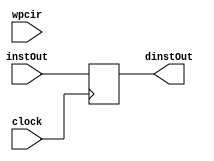
`timescale 1ns / 1ps
//////////////////////////////////////////////////////////////////////////////////
// Company: 
// Engineer: 
// 
// Design Name: 
// Module Name: ifid_pipeline_register
// Project Name: 
// Target Devices: 
// Tool Versions: 
// Description: This acts as a checkpoint after we have grabbed the instruction.
//              dinstOut is set to instOut
// Dependencies: 
// 
// Revision:
// Revision 0.01 - File Created
// Additional Comments:
// 
//////////////////////////////////////////////////////////////////////////////////


module ifid_pipeline_register(
    input wpcir,
    input [31:0] instOut,
    input clock,
    output reg[31:0] dinstOut
    );
    
    always @ (posedge clock) begin
        dinstOut <= instOut;
    end
endmodule